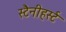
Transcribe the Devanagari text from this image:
स्टैनीहर्स्ट